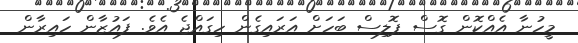
މީހުނާ އެއްކޮން ގޮސް ޕޮލިސް ބަހަށް އަރައިގެން ހިގައްޖެ އެވެ. ފައުޒާން ހައިރާން